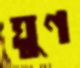
ঘুণ